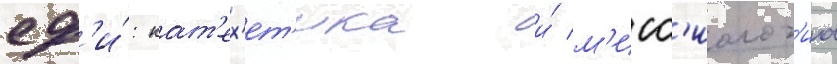
сф'и́: кат'ех'ет'ика и́ м'исс'иолог'иа